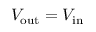
V _ { \mathrm { o u t } } = V _ { \mathrm { i n } }